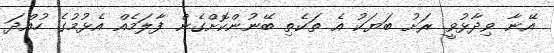
އޭނާ ވިދާޅުވީ ރަށު ބަޔަކު އެ ތަކެތި ބޭނުންކޮށްގެން ފާލަމެއް އެޅުމުގެ ހުއްދަ